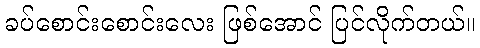
ခပ်စောင်းစောင်းလေး ဖြစ်အောင် ပြင်လိုက်တယ်။